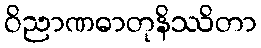
ဝိညာဏဓာတုနိဿိတာ